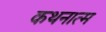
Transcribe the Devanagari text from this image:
कथनात्म